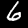
Label: 6